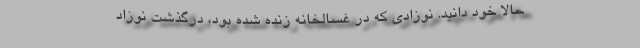
حالا خود دانید. نوزادی که در غسالخانه زنده شده بود، درگذشت نوزاد